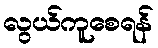
လွယ်ကူစေရန်